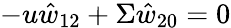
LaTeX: -u\hat{w}_{12}+\Sigma\hat{w}_{20}=0